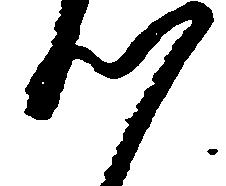
つ